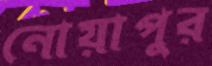
নোয়াপুর